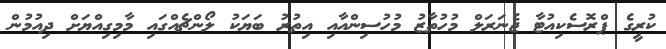
ކުރީގެ ޕްރޮސެކިއުޓާ ޖެނަރަލް މުހުތާޒު މުހުސިންއާއި އިތުރު ބަޔަކު ލޯންޗެއްގައި މާމިގިއްޔަށް ދިއުމުން